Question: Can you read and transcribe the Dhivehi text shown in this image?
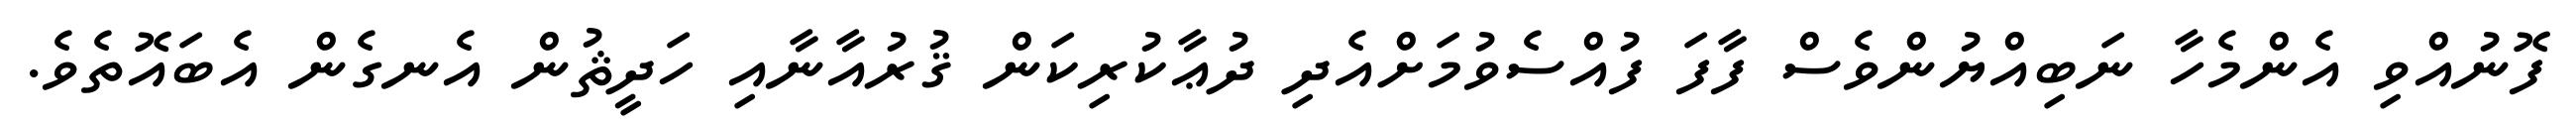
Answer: ފޮނުއްވި އެންމެހާ ނަބިއްޔުންވެސް ފާފަ ފުއްސެވުމަށްއެދި ދުޢާކުރިކަން ޤުރުއާނާއި ހަދީޘުން އެނގެން އެބައޮތެވެ.